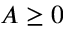
A \geq 0